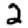
Digit: 2